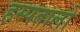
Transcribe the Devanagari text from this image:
हस्पतालो